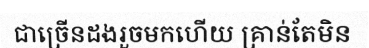
ជាច្រើនដងរួចមកហើយ គ្រាន់តែមិន